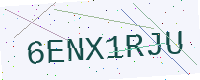
Text: 6ENX1RJU